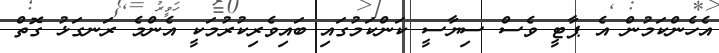
އެހެންކަމުން އެ ޕާޓީ ވެސް ސިޔާސީ ކަންކަމުގައި ބައިވެރިކުރުމަކީ އެންމެ ރަނގަޅު ގޮތް